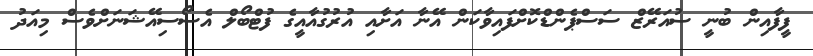
ފީފާއިން ބުނީ ސުއަރޭޒް ސަސްޕެންޑްކޮށްފައިވާކަން އޭނާ އަށާއި އުރުގުއާއީގެ ފުޓްބޯލް އެސޯސިއޭޝަނަށްވެސް މިއަދު